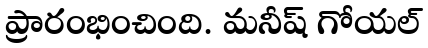
ప్రారంభించింది. మనీష్ గోయల్